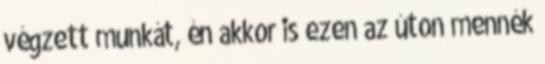
végzett munkát, én akkor is ezen az úton mennék